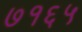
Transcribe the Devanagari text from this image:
७१६५